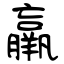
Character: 羸